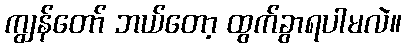
ကျွန်တော် ဘယ်တော့ ထွက်ခွာရပါမလဲ။